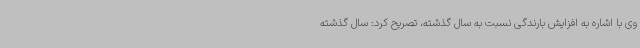
وی با اشاره به افزایش بارندگی نسبت به سال گذشته، تصریح کرد: سال گذشته